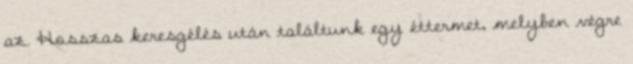
az. Hosszas keresgélés után találtunk egy éttermet, melyben végre